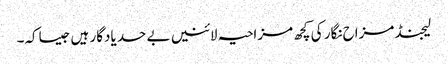
لیجنڈ مزاح نگار کی کچھ مزاحیہ لائنیں بے حد یادگار ہیں جیساکہ۔